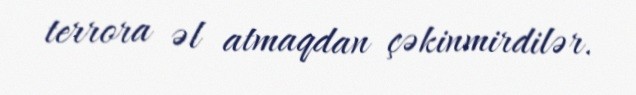
terrora əl atmaqdan çəkinmirdilər.